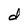
Character: d